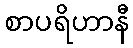
စာပရိဟာနီ